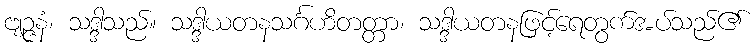
ဗျဉ္ဇနံ၊ သဒ္ဒါသည်။ သဒ္ဒါယတနသင်္ဂဟိတတ္တာ၊ သဒ္ဒါယတနဖြင့်ရေတွက်အပ်သည်၏